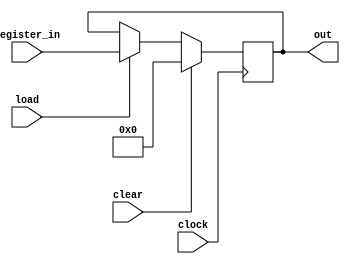
module Register_5bits(register_in, load, out ,clear,clock);

input[4:0] register_in;
input load, clear, clock;
output reg[4:0] out;


always @ (posedge clock)

	if(clear == 1 )
		out <= 5'b00000;
	else
	begin
      if(load == 1)
        out <= register_in;
      else
        out <= out;
	end

endmodule